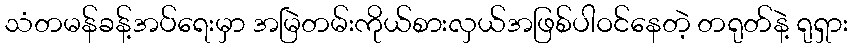
သံတမန်ခန့်အပ်ရေးမှာ အမြဲတမ်းကိုယ်စားလှယ်အဖြစ်ပါဝင်နေတဲ့ တရုတ်နဲ့ ရုရှား